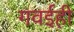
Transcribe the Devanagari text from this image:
गवईही